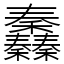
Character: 䆐